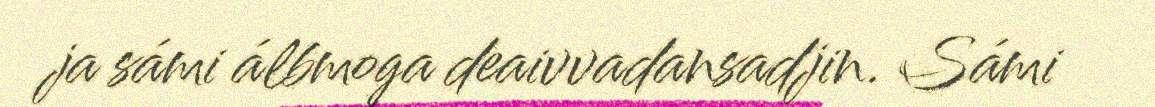
ja sámi álbmoga deaivvadansadjin. Sámi